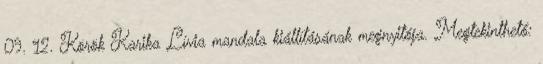
09. 12. Körök Karika Lívia mandala kiállításának megnyitója. Megtekinthető: